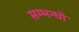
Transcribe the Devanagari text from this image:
सम्भन्धो